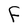
Character: F